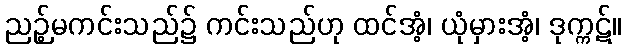
ညဉ့်မကင်းသည်၌ ကင်းသည်ဟု ထင်အံ့၊ ယုံမှားအံ့၊ ဒုက္ကဋ်။